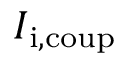
I _ { \mathrm { i , c o u p } }